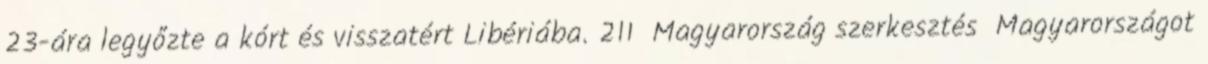
23-ára legyőzte a kórt és visszatért Libériába. 211 Magyarország szerkesztés Magyarországot